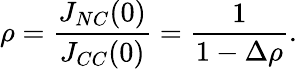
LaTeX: \rho=\frac{J_{NC}(0)}{J_{CC}(0)}=\frac{1}{1-\Delta\rho}.